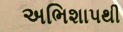
અભિશાપથી